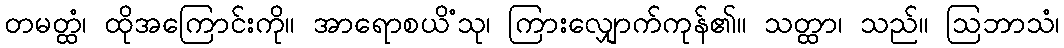
တမတ္ထံ၊ ထိုအကြောင်းကို။ အာရောစယိံသု၊ ကြားလျှောက်ကုန်၏။ သတ္ထာ၊ သည်။ ဩဘာသံ၊